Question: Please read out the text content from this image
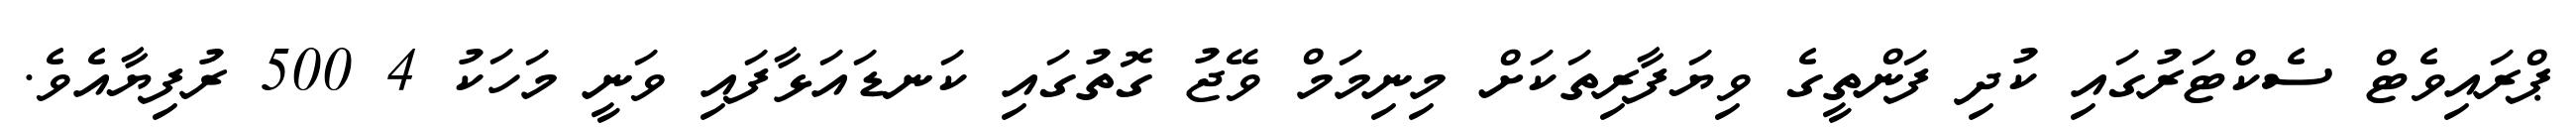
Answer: ޕްރައިވެޓް ސެކްޓަރުގައި ކުދި ފަންތީގެ ވިޔަފާރިތަކަށް މިނިމަމް ވޭޖު ގޮތުގައި ކަނޑައަޅާފައި ވަނީ މަހަކު 4 500 ރުފިޔާއެވެ.